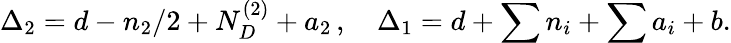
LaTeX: \Delta_{2}=d-n_{2}/2+N_{D}^{(2)}+a_{2}\, ,\quad\Delta_{1}=d+\sum n_{i}+\sum a_{i}+b.